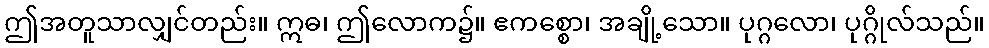
ဤအတူသာလျှင်တည်း။ ဣဓ၊ ဤလောက၌။ ဧကစ္စော၊ အချို့သော။ ပုဂ္ဂလော၊ ပုဂ္ဂိုလ်သည်။